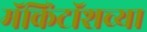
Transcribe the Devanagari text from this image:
मॅकिंटॉशच्या